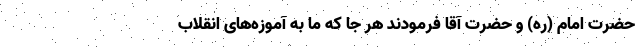
حضرت امام (ره) و حضرت آقا فرمودند هر جا که ما به آموزه‌های انقلاب